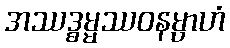
အဿဒ္ဓမ္မဿဝနမ္ပာဟံ